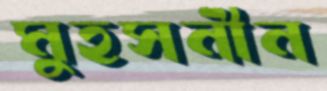
মুহসনীন